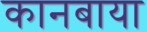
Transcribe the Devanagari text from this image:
कानबाया